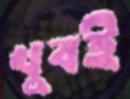
খুবই